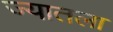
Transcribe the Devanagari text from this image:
ज्यातला